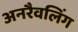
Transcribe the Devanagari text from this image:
अनरैवलिंग